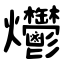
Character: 爩